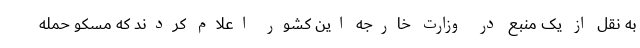
به نقل از یک منبع در وزارت خارجه این کشور اعلام کردند که مسکو حمله